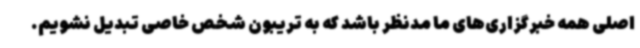
اصلی همه خبرگزاری‌های ما مدنظر باشد که به تریبون شخص خاصی تبدیل نشویم.